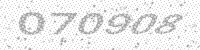
Solution: 070908